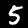
Digit: 5